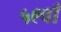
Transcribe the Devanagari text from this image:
५९वाँ